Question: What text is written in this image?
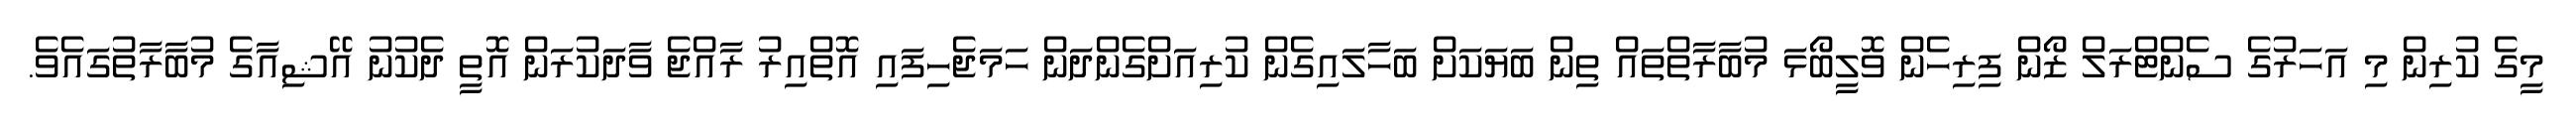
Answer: މީގެ ކުރިން މި އަހަރުގެ ސެންޓްރަލް ޒޯން ފިރިހެން ވޮލީބޯޅަ މުބާރާތްތައް ތިން ބަޔަކަށް ބަހާލައިގެން ކުރިއަށްގެންދަން ހަމަޖެހިފައި އޮތްއިރު ރާއްޖެ ވާދަކުރަން އޮތީ ދެކުނު އޭޝިއާގެ މުބާރާތުގައެވެ.